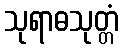
သုရာဓသုတ္တံ